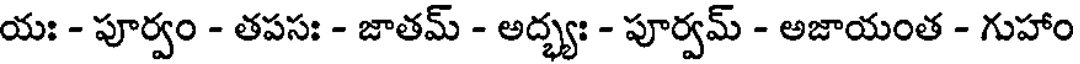
యః - పూర్వం - తపసః - జాతమ్ - అద్భ్యః - పూర్వమ్ - అజాయంత - గుహాం